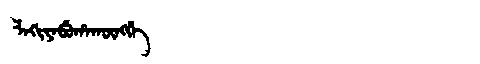
Manchu: ᠯᠠᡴᡳᠶᠠᠪᡠᡥᠠᡴᡡᠩᡤᡝ
Romanization: LAKIYABUHAKŪNGGE